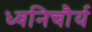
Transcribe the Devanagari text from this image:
ध्वनिचौर्य